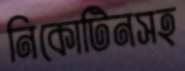
নিকোটিনসহ